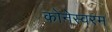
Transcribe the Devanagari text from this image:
कोनेस्वरम